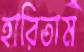
হারিতাম